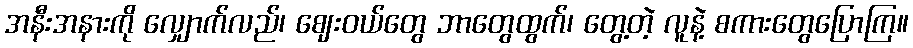
အနီးအနားကို လျှောက်လည်၊ ဈေးဝယ်တွေ ဘာတွေထွက်၊ တွေ့တဲ့ လူနဲ့ စကားတွေပြောကြ။